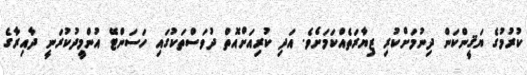
ކުރުމުގެ ޔަޤީންކަން ދިނުމަށްކުރި ޒިޔާރަތެއްކަމަށެވެ. އަދި ކުރިއަށްއޮތް ދުވަސްތަކުގައި ހަސަންޓޭ އުންމީދުކުރަނީ ދާއިރާގެ